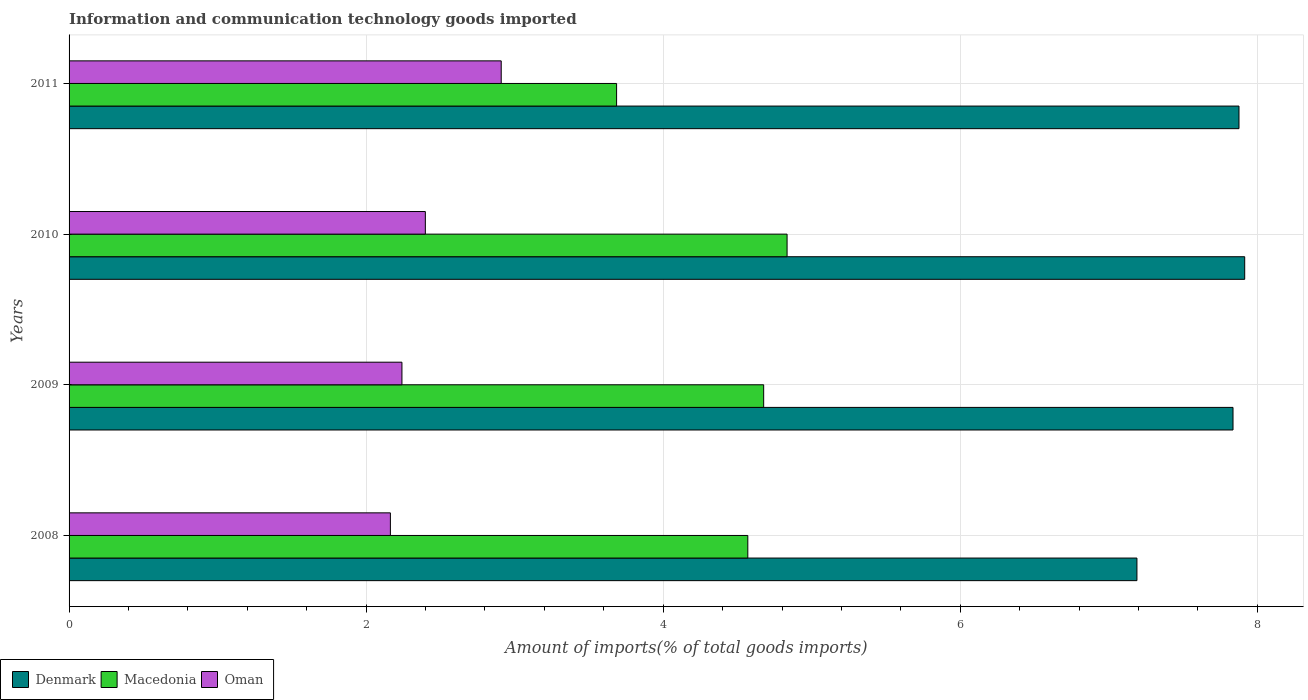
| Years | Denmark | Macedonia | Oman |
 | --- | --- | --- | --- |
 | 2008 | 7.19 | 4.57 | 2.16 |
 | 2009 | 7.84 | 4.68 | 2.24 |
 | 2010 | 7.92 | 4.83 | 2.4 |
 | 2011 | 7.88 | 3.69 | 2.91 |